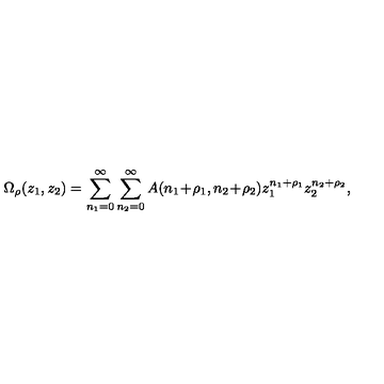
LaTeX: \Omega _ { \rho } ( z _ { 1 } , z _ { 2 } ) = \sum _ { n _ { 1 } = 0 } ^ { \infty } \sum _ { n _ { 2 } = 0 } ^ { \infty } A ( n _ { 1 } \! + \! \rho _ { 1 } , n _ { 2 } \! + \! \rho _ { 2 } ) z _ { 1 } ^ { n _ { 1 } + \rho _ { 1 } } z _ { 2 } ^ { n _ { 2 } + \rho _ { 2 } } ,